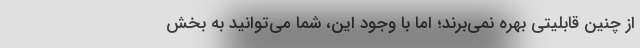
از چنین قابلیتی بهره نمی‌برند؛ اما با وجود این، شما می‌توانید به بخش